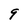
Character: 9